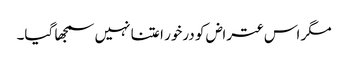
مگر اس عتراض کو درخور اعتنا نہیں سمجھا گیا۔